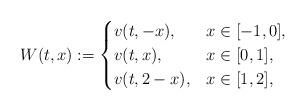
LaTeX: \begin{align*}W(t,x):= \begin{cases}v(t,-x), & x \in [-1,0],\\v(t,x), & x \in [0,1],\\v(t, 2-x), &x \in [1,2],\end{cases}\end{align*}